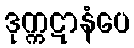
ဒုက္ကဋာနံပေ